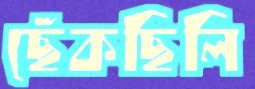
ছেঁকছিলি